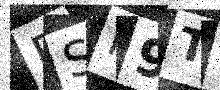
Text: RSK9TW